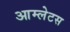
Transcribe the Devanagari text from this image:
आम्लेटस